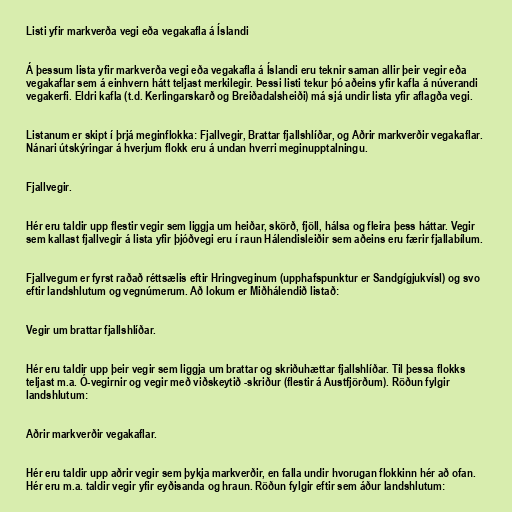
Listi yfir markverða vegi eða vegakafla á Íslandi

Á þessum lista yfir markverða vegi eða vegakafla á Íslandi eru teknir saman allir þeir vegir eða
vegakaflar sem á einhvern hátt teljast merkilegir. Þessi listi tekur þó aðeins yfir kafla á núverandi
vegakerfi. Eldri kafla (t.d. Kerlingarskarð og Breiðadalsheiði) má sjá undir lista yfir aflagða vegi.

Listanum er skipt í þrjá meginflokka: Fjallvegir, Brattar fjallshlíðar, og Aðrir markverðir vegakaflar.
Nánari útskýringar á hverjum flokk eru á undan hverri meginupptalningu.

Fjallvegir.

Hér eru taldir upp flestir vegir sem liggja um heiðar, skörð, fjöll, hálsa og fleira þess háttar. Vegir
sem kallast fjallvegir á lista yfir þjóðvegi eru í raun Hálendisleiðir sem aðeins eru færir fjallabílum.

Fjallvegum er fyrst raðað réttsælis eftir Hringveginum (upphafspunktur er Sandgígjukvísl) og svo
eftir landshlutum og vegnúmerum. Að lokum er Miðhálendið listað:

Vegir um brattar fjallshlíðar.

Hér eru taldir upp þeir vegir sem liggja um brattar og skriðuhættar fjallshlíðar. Til þessa flokks
teljast m.a. Ó-vegirnir og vegir með viðskeytið -skriður (flestir á Austfjörðum). Röðun fylgir
landshlutum:

Aðrir markverðir vegakaflar.

Hér eru taldir upp aðrir vegir sem þykja markverðir, en falla undir hvorugan flokkinn hér að ofan.
Hér eru m.a. taldir vegir yfir eyðisanda og hraun. Röðun fylgir eftir sem áður landshlutum: